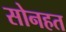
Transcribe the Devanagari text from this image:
सोनहत